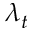
\lambda _ { t }